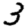
Digit: 3